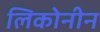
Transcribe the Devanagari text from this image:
लिकोनीन